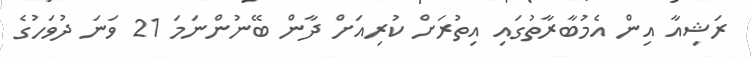
ރަޝިއާ އިން އެމުބާރާތުގައި އިތުރަށް ކުރިއަށް ދާން ބޭނުންނަމަ 21 ވަނަ ދުވަހުގެ